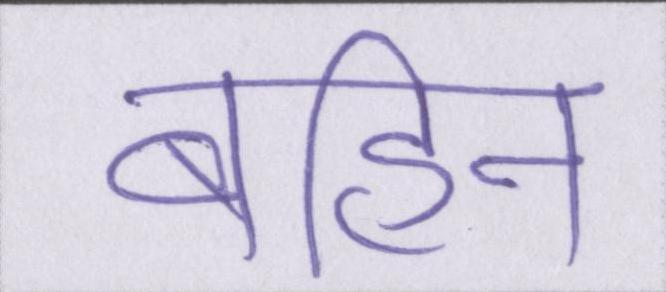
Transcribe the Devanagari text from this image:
बहिन